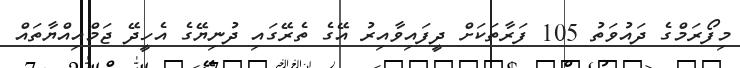
މިފޯރަމްގެ ދައުވަތު 105 ފަރާތަކަށް ދީފައިވާއިރު އޭގެ ތެރޭގައި ދުނިޔޭގެ އެހީދޭ ޖަމްއިއްޔާތައް